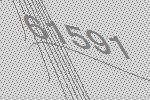
61591